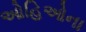
ઓહિઓના